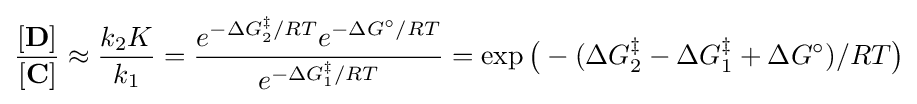
{\frac {[\mathbf {D} ]}{[\mathbf {C} ]}}\approx {\frac {k_{2}K}{k_{1}}}={\frac {e^{-\Delta G_{2}^{\ddagger }/RT}e^{-\Delta G^{\circ }/RT}}{e^{-\Delta G_{1}^{\ddagger }/RT}}}=\exp {\big (}-(\Delta G_{2}^{\ddagger }-\Delta G_{1}^{\ddagger }+\Delta G^{\circ })/RT{\big )}